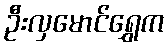
ဦးလှမောင်ရွှေက